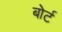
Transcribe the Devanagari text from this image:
बोर्ट